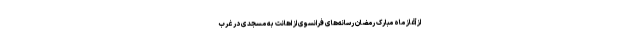
از آغاز ماه مبارک رمضان رسانه‌های فرانسوی از اهانت به مسجدی در غرب